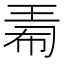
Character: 𪻟